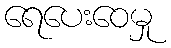
ရေပေးဝေမှု